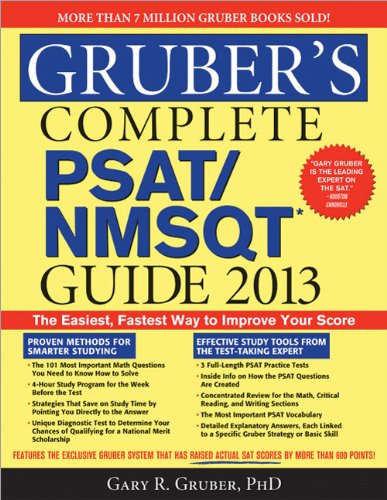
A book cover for Gruber's Complete PSAT/NMSQT Guide 2013; Gary Gruber; Test Preparation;